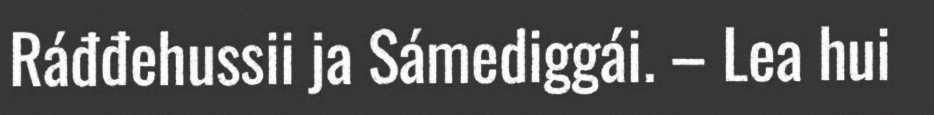
Ráđđehussii ja Sámediggái. – Lea hui